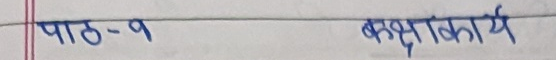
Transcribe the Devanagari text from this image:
पाठ-9  कक्षाकार्य